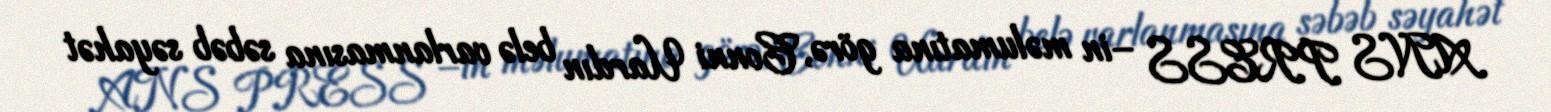
ANS PRESS –in məlumatına görə, Conni Uardın belə varlanmasına səbəb səyahət